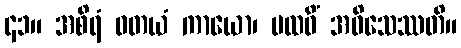
၄၁။ အစိရံ ဝတယံ ကာယော၊ ပထဝိံ အဓိသေဿတိ။